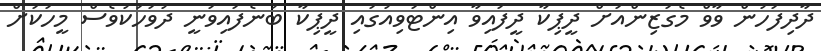
ދާދިފަހުން ވާވް މެގަޒިންއަށް ދީޕިކާ ދީފައިވާ އިންޓަވިއުގައި ދީޕިކާ ބުނެފައިވަނީ ދުވަހަކުވެސް މީހަކަށް